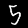
Digit: 5